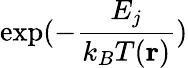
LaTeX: \exp(-{\frac{E_{j}}{k_{B}T({\mathbf r})}})